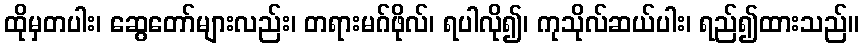
ထိုမှတပါး၊ ဆွေတော်များလည်း၊ တရားမဂ်ဖိုလ်၊ ရပါလို၍၊ ကုသိုလ်ဆယ်ပါး၊ ရည်၍ထားသည်။